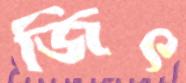
জিৎ